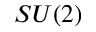
S U ( 2 )